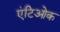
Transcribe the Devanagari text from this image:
एंटिओक